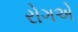
રોગએ